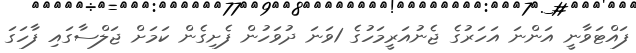
ފައްޓަވާނީ އަންނަ އަހަރުގެ ޖެނުއަރީމަހުގެ 1ވަނަ ދުވަހުން ފެށިގެން ކަމަށް ޖަލްސާގައި ފާހަގަ